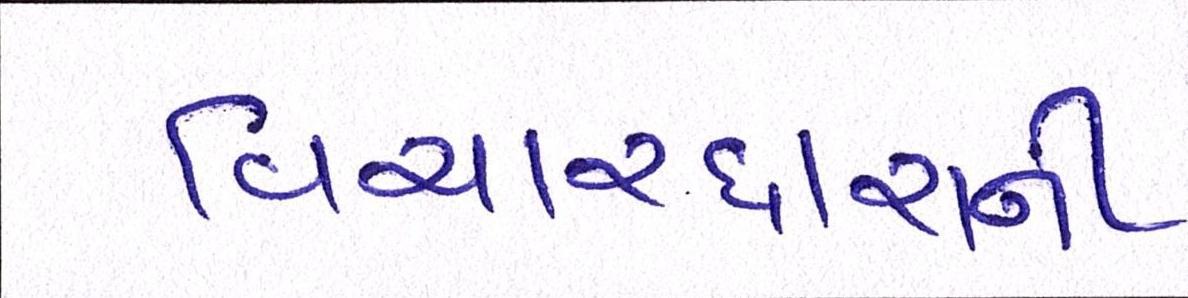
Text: વિચારધારાની